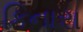
કિનારા